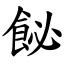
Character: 飶